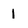
Character: 1